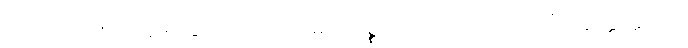
ပြုအပ်သောတဆဲ့ခြောက်ပါးသောမဂ်ကိစ္စကို။ ကတံ၊ ပြုအပ်ပြီ။ ဣတ္ထတ္ထာယ၊